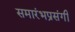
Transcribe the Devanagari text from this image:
समारंभप्रसंगी